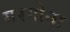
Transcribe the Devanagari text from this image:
गरगोना